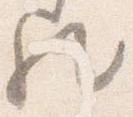
歟